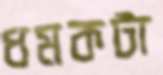
ধমকটা